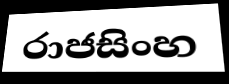
රාජසිංහ